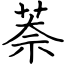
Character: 萘